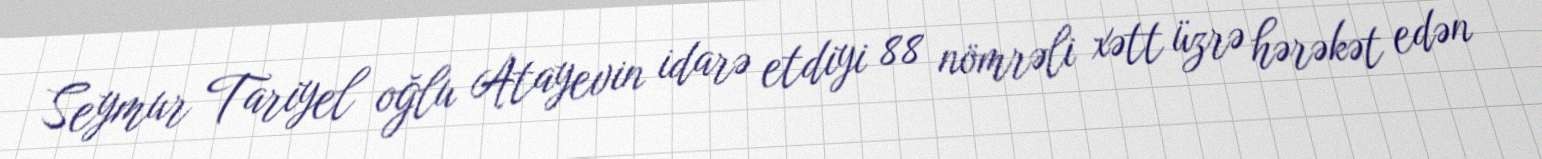
Seymur Tariyel oğlu Atayevin idarə etdiyi 88 nömrəli xətt üzrə hərəkət edən